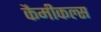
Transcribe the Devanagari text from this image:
कैमीकल्स